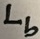
Text: Lb